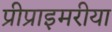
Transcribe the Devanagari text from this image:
प्रीप्राइमरीया